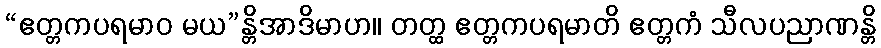
“ဧတ္တကပရမာဝ မယ”န္တိအာဒိမာဟ။ တတ္ထ ဧတ္တကပရမာတိ ဧတ္တကံ သီလပညာဏန္တိ